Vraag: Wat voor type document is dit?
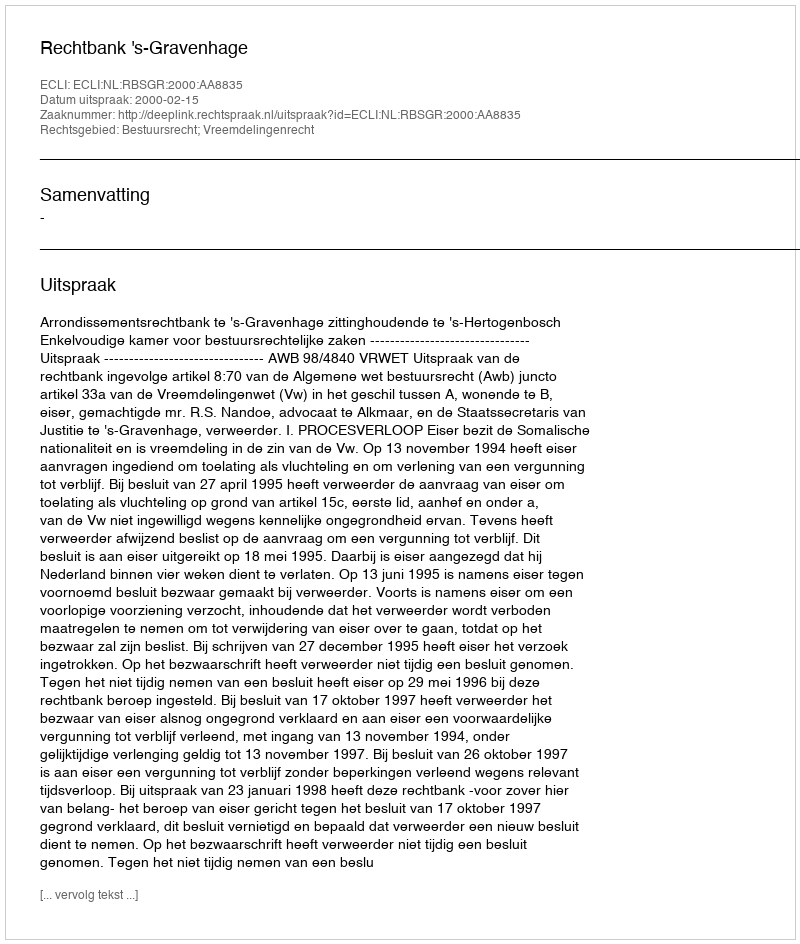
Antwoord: Uitspraak